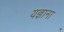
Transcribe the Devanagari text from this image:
यज्ञाना